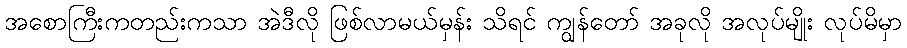
အစောကြီးကတည်းကသာ အဲဒီလို ဖြစ်လာမယ်မှန်း သိရင် ကျွန်တော် အခုလို အလုပ်မျိုး လုပ်မိမှာ